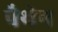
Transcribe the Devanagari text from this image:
पैथेन